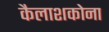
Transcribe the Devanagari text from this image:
कैलाशकोना